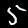
Label: 5